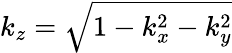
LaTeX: k_{z}=\sqrt{1-k_{x}^{2}-k_{y}^{2}}